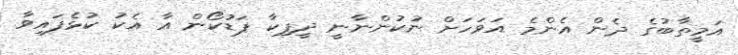
އަމީތާބުގެ ދެން އެންމެ އަވަހަށް ނުކުންނާނީ ދީޕިކާ ޕަޑުކޯން އާ އެކު ކުޅެފައިވާ